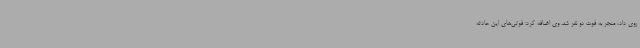
روی داد، منجر به فوت دو نفر شد. وی اضافه کرد: فوتی‌های این حادثه